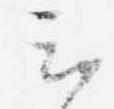
云